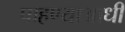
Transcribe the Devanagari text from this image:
पाहण्याआधी